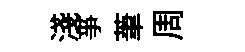
淺亊茟周